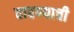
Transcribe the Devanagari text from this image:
वाहण्‍याची